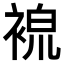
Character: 𧚷